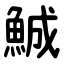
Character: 鯎